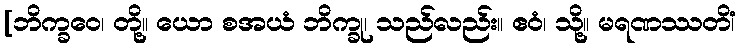
[ဘိက္ခဝေ၊ တို့။ ယော စအယံ ဘိက္ခု၊ သည်လည်း။ ဧဝံ၊ သို့။ မရဏဿတိံ၊